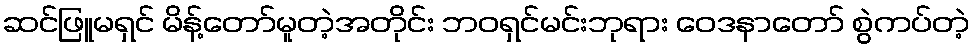
ဆင်ဖြူမရှင် မိန့်တော်မူတဲ့အတိုင်း ဘဝရှင်မင်းဘုရား ဝေဒနာတော် စွဲကပ်တဲ့